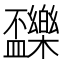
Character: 𣡝